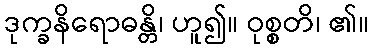
ဒုက္ခနိရောဓန္တိ၊ ဟူ၍။ ဝုစ္စတိ၊ ၏။